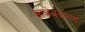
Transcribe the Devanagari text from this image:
साचेबंदपणा